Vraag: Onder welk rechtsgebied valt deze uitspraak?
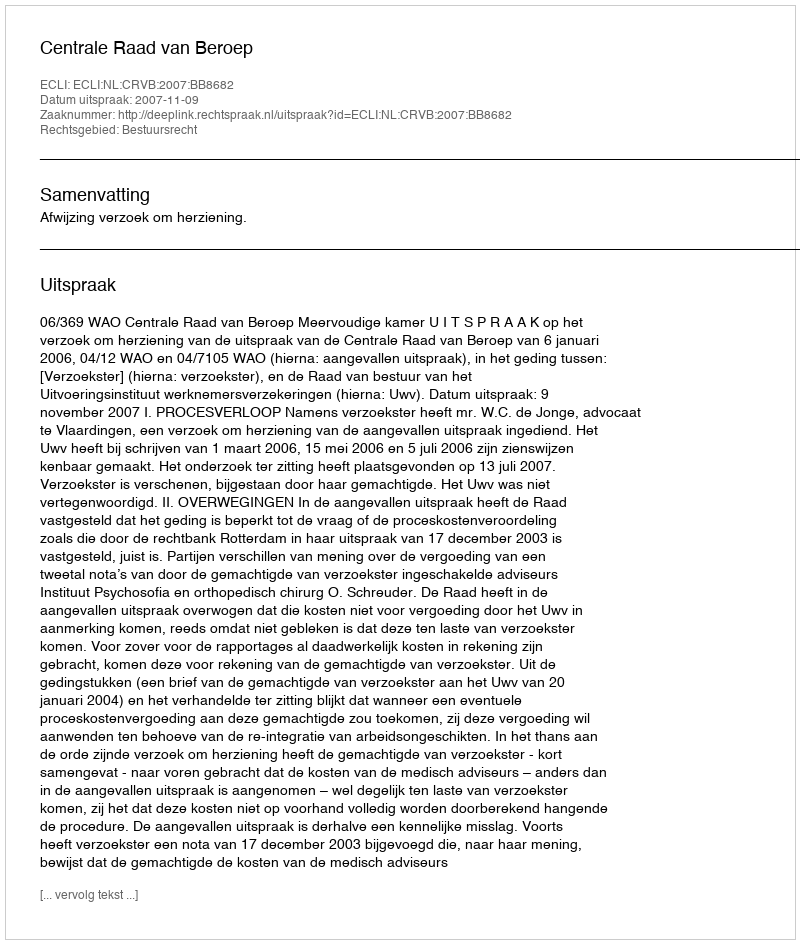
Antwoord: Bestuursrecht